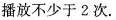
播放不少于2次。